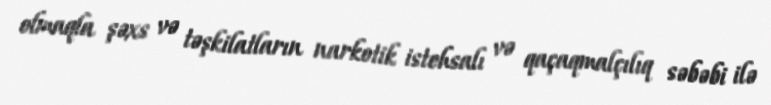
olmaqla şəxs və təşkilatların narkotik istehsalı və qaçaqmalçılıq səbəbi ilə